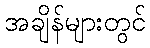
အချိန်များတွင်